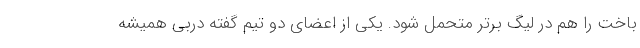
باخت را هم در لیگ برتر متحمل شود. یکی از اعضای دو تیم گفته دربی همیشه